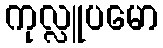
ကုလ္လူပမော